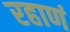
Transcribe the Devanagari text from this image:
रहाणं